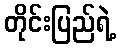
တိုင်းပြည်ရဲ့